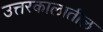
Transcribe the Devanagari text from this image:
उत्तरकालातील